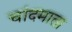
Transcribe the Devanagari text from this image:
चांदमाता